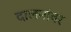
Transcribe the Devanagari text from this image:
दालनांवर